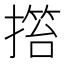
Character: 𢲹